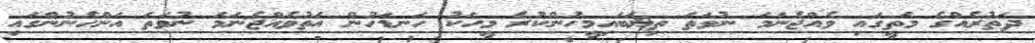
ދަތުރެއްގެ މަތީގައި ވެއްޖެނަމަ ނުވަތަ ތިޔަބައިމީހުންކުރެ މީހަކު ހަނޑަހުން އަތުވެއްޖެނަމަ ނުވަތަ އަންހެނުންގައި